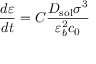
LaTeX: { \frac { d \varepsilon } { d t } } = C { \frac { D _ { \mathrm { { s o l } } } \sigma ^ { 3 } } { \varepsilon _ { b } ^ { 2 } c _ { 0 } } }